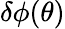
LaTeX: \delta\phi(\theta)